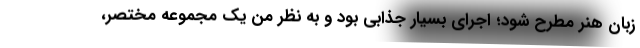
زبان هنر مطرح شود؛ اجرای بسیار جذابی بود و به نظر من یک مجموعه مختصر،